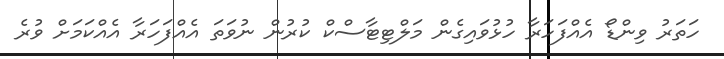
ހަތަރު ވިންޑޯ އެއްފަހަރާ ހުޅުވައިގެން މަލްޓިޓާސްކް ކުރުން ނުވަތަ އެއްފަހަރާ އެއްކަމަށް ވުރެ